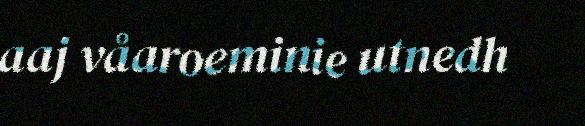
aaj våaroeminie utnedh